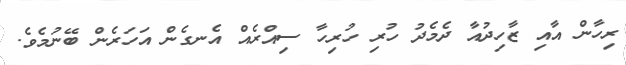
ރިހާން އާއި ޒާހިދުއާ ދެމެދު ހުރި ހުރިހާ ސިއްރެއް އެނގެން އަހަރެން ބޭނުމެވެ.